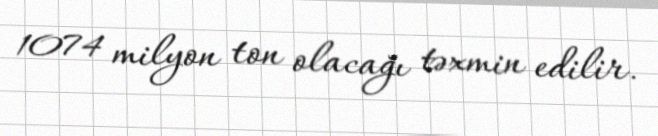
1074 milyon ton olacağı təxmin edilir.